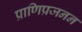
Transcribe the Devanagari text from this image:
प्राणिप्रजनन